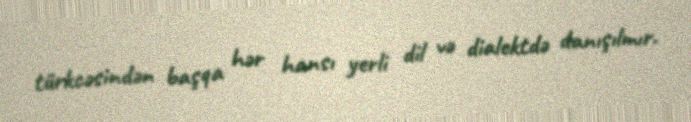
türkcəsindən başqa hər hansı yerli dil və dialektdə danışılmır.